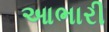
આભારી